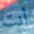
أنت